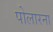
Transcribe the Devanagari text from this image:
पोलारना